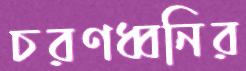
চরণধ্বনির